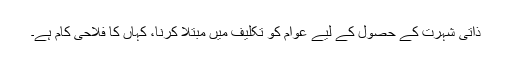
ذاتی شہرت کے حصول کے لیے عوام کو تکلیف میں مبتلا کرنا، کہاں کا فلاحی کام ہے۔